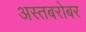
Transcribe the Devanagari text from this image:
अस्तबरोबर